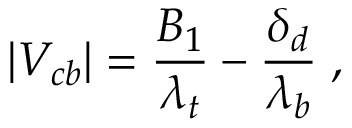
| V _ { c b } | = { \frac { B _ { 1 } } { \lambda _ { t } } } - { \frac { \delta _ { d } } { \lambda _ { b } } } \; ,